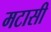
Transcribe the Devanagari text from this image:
मटासी